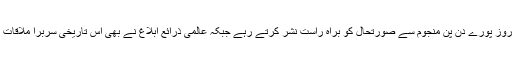
جنوبی کوریائی ٹی وی چینلز جمعہ کے روز پورے دن پن مُنجوم سے صورتحال کو براہِ راست نشر کرتے رہے جبکہ عالمی ذرائع ابلاغ نے بھی اِس تاریخی سربرا ملاقات کی خبروں کو مسلسل نشر اور جاری کیا۔